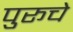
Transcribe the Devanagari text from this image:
पुरूचे